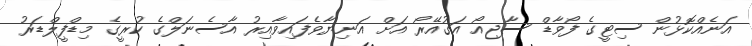
އަނެއްކޮޅުން ސިޓީގެ ފޯވާޑް ސާޖިއޯ އަގުއޭރޯ އަށް އަނިޔާވެފައިވާއިރު އާސެނަލްގެ ކުރީގެ މިޑްފީލްޑަރު